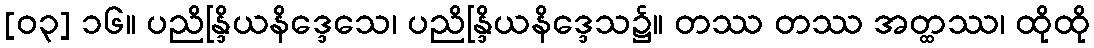
[၀၃] ၁၆။ ပညိန္ဒြိယနိဒ္ဒေသေ၊ ပညိန္ဒြိယနိဒ္ဒေသ၌။ တဿ တဿ အတ္ထဿ၊ ထိုထို